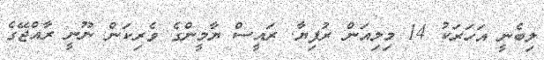
ލިބެނީ އަހަރަކު 14 މިލިއަން ރުފިޔާ. ރައީސް ޔާމީންގެ ވެރިކަން ނޫނީ ރާއްޖޭގެ